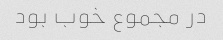
در مجموع خوب بود